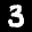
Label: 3